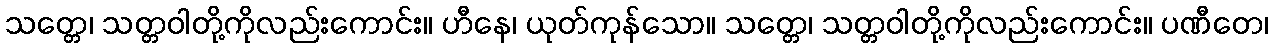
သတ္တေ၊ သတ္တဝါတို့ကိုလည်းကောင်း။ ဟီနေ၊ ယုတ်ကုန်သော။ သတ္တေ၊ သတ္တဝါတို့ကိုလည်းကောင်း။ ပဏီတေ၊